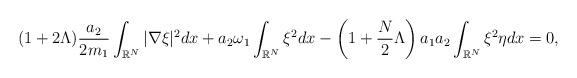
LaTeX: \begin{align*}\left.\begin{array}{ll}\displaystyle(1+2\Lambda)\dfrac{a_2}{2m_1}\int_{\mathbb{R}^N}|\nabla\xi|^2dx+a_2\omega_1\int_{\mathbb{R}^N}\xi^2dx-\left(1+\dfrac{N}{2}\Lambda\right)a_1a_2\int_{\mathbb{R}^N}\xi^2\eta dx=0,\end{array}\right.\end{align*}